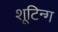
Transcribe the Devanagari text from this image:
शूटिन्ग